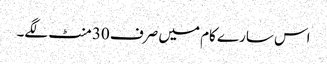
اس سارے کام میں صرف 30 منٹ لگے۔